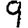
Digit: 9